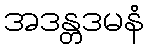
အဒန္တဒမနံ